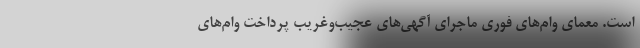
است. معمای وام‌های فوری ماجرای آگهی‌های عجیب‌وغریب پرداخت وام‌های